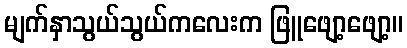
မျက်နှာသွယ်သွယ်ကလေးက ဖြူဖျော့ဖျော့။